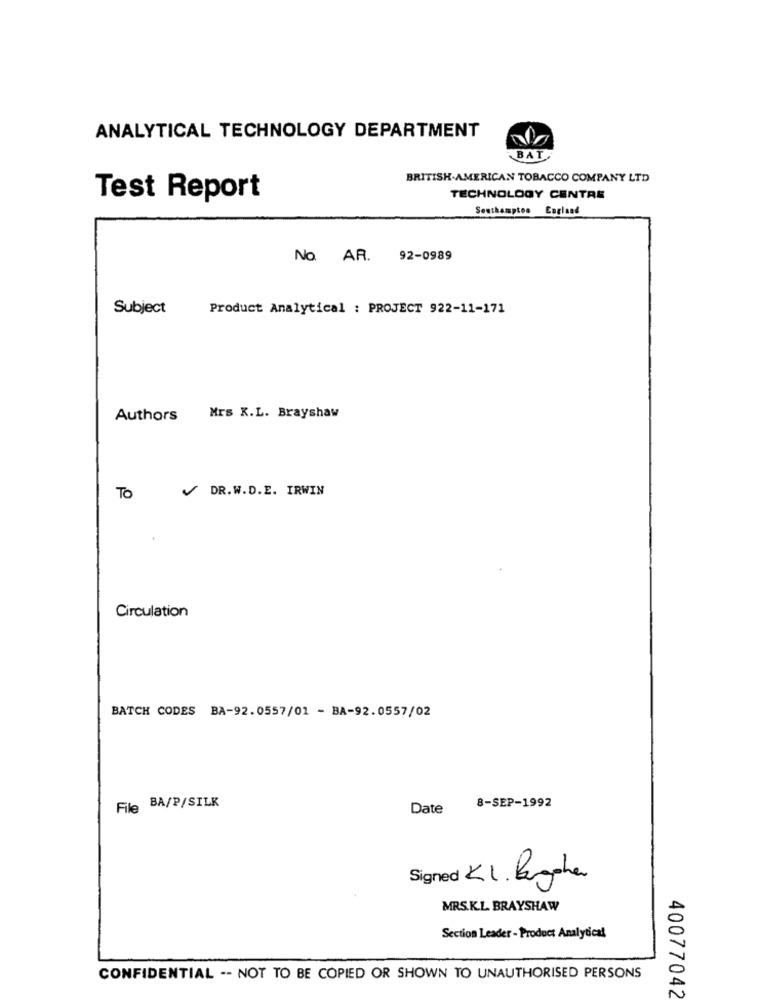
ANALYTICAL TECHNOLOGY DEPARTMENT
BAT
BRITISH AMERICAN TOBACCO COMPANY LTD
Test Report
TECHNOLOGY CENTRE
Southampton England
No. AR.
92-0989
Subject
Product Analytical : PROJECT 922-11-171
Authors
Mrs X.L. Brayshaw
/ DR.W.D.E. IRWIN
To
Circulation
BATCH CODES BA-92.0557/01 - BA-92.0557/02
8-SEP-1992
File BA/P/SILK
Date
Signed KI. Bergaha
MRS.K.L. BRAYSHAW
Section Leader - Product Analytical
CONFIDENTIAL -- NOT TO BE COPIED OR SHOWN TO UNAUTHORISED PERSONS
40077042